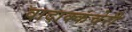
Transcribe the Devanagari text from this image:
वादाक्कंचेरी